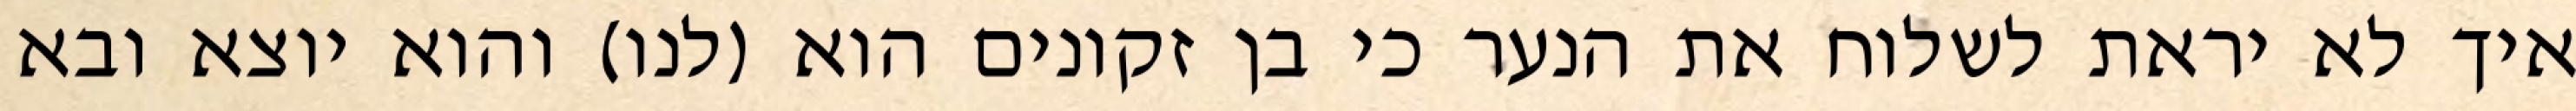
איך לא יראת לשלוח את הנער כי בן זקונים הוא (לנו) והוא יוצא ובא